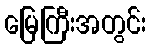
မြေကြီးအတွင်း